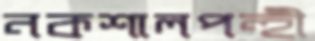
নকশালপন্হী